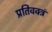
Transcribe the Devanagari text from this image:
प्रतिवक्त्रं